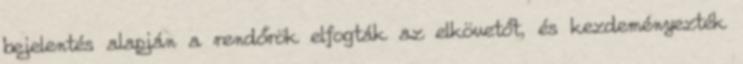
bejelentés alapján a rendőrök elfogták az elkövetőt, és kezdeményezték